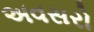
અવસરો